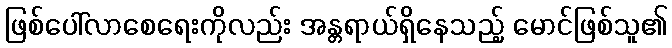
ဖြစ်ပေါ်လာစေရေးကိုလည်း အန္တရာယ်ရှိနေသည့် မောင်ဖြစ်သူ၏